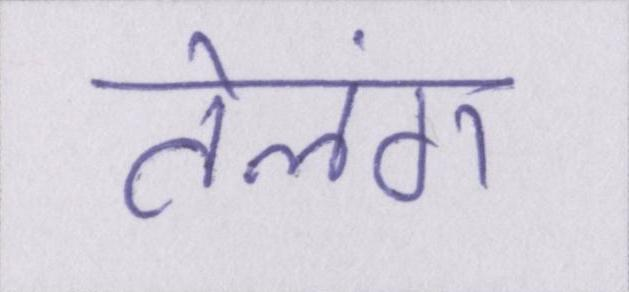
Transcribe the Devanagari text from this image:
तेलंग